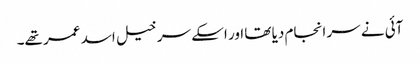
آئی نے سر انجام دیا تھا اور اسکے سرخیل اسد عمر تھے۔